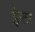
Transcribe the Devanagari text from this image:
ईन्टर